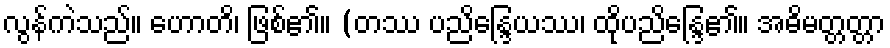
လွန်ကဲသည်။ ဟောတိ၊ ဖြစ်၏။ (တဿ ပညိန္ဒြေယဿ၊ ထိုပညိန္ဒြေ၏။ အဓိမတ္တတ္တာ